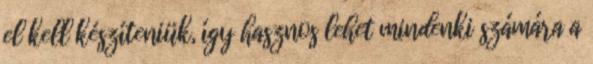
el kell készíteniük, így hasznos lehet mindenki számára a